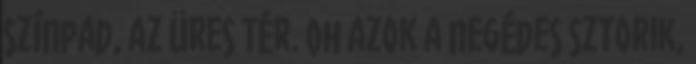
színpad, az Üres Tér. Oh azok a negédes sztorik,